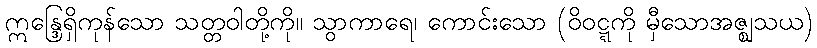
ဣန္ဒြေရှိကုန်သော သတ္တဝါတို့ကို။ သွာကာရေ၊ ကောင်းသော (ဝိဝဋ္ဋကို မှီသောအဇ္ဈသယ)